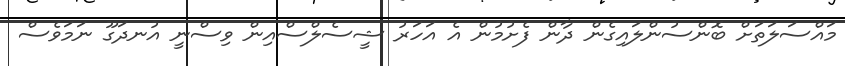
މައްސަލަތަށް ބޮންސުންލައިގެން ދާން ފެށުމުން އެ އަހަރު ޝީސެލްސްއިން ވިސްނީ އުނދަގޫ ނަމަވެސް